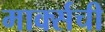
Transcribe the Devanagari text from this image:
मार्क्सची